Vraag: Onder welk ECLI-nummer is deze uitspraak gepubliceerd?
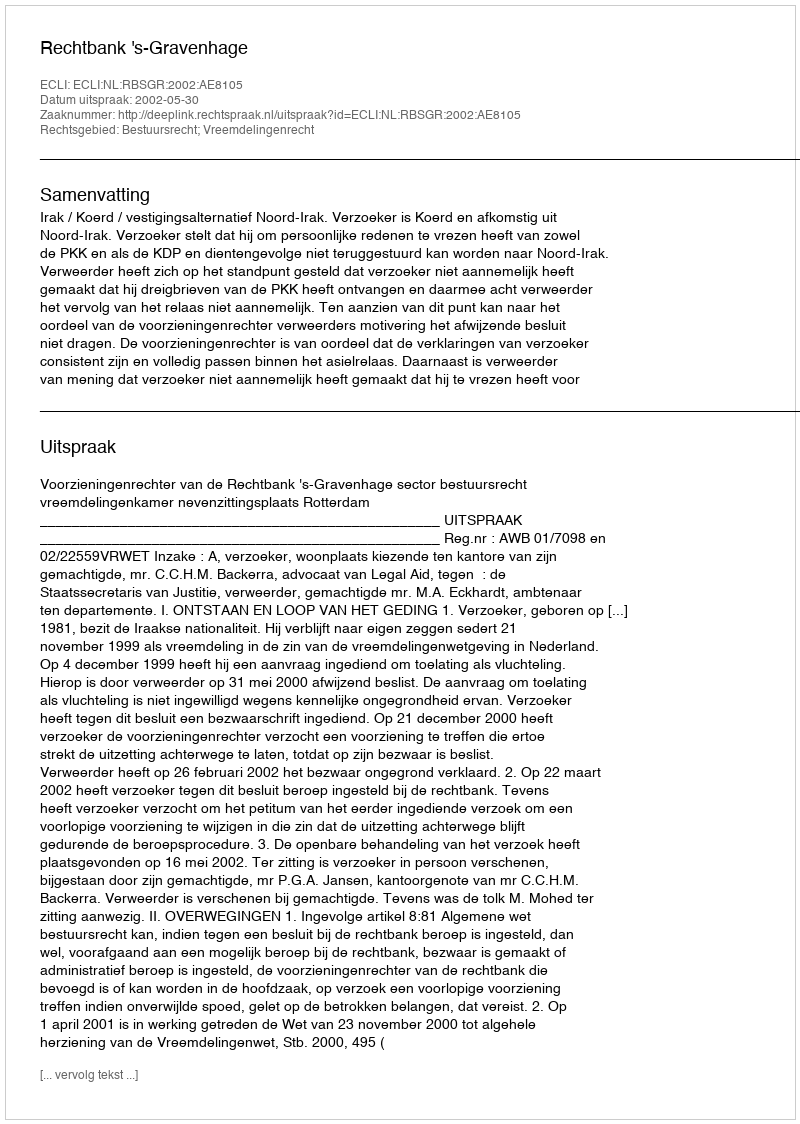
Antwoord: ECLI:NL:RBSGR:2002:AE8105